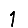
Digit: 1